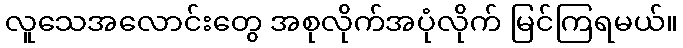
လူသေအလောင်းတွေ အစုလိုက်အပုံလိုက် မြင်ကြရမယ်။